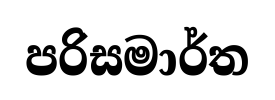
පරිසමාර්ත